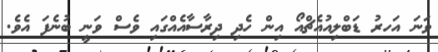
ވަނަ އަހރު ޑަބްލިއުއެޗްއޯ އިން ހެދި ދިރާސާއެއްގައި ވެސް ވަނީ ބުނެފަ އެވެ.